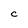
Character: C